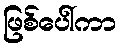
ဖြစ်ပေါ်ကာ